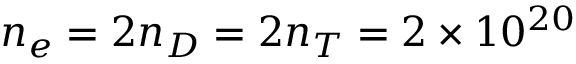
n _ { e } = 2 n _ { D } = 2 n _ { T } = 2 \times 1 0 ^ { 2 0 }